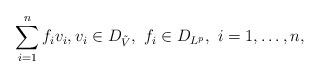
LaTeX: \begin{align*}\sum_{i=1}^nf_iv_i,v_i\in D_{\tilde V},\ f_i\in D_{L^p},\ i=1,\ldots,n,\end{align*}